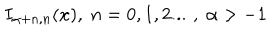
LaTeX: I _ { \alpha + n , n } ( x ) , \; n = 0 , 1 , 2 . . . \, \, , \; \alpha > - 1